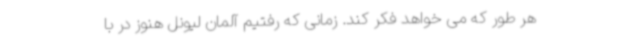
هر طور که می خواهد فکر کند. زمانی که رفتیم آلمان لیونل هنوز در با